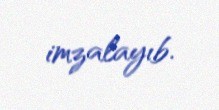
imzalayıb.